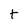
Character: t